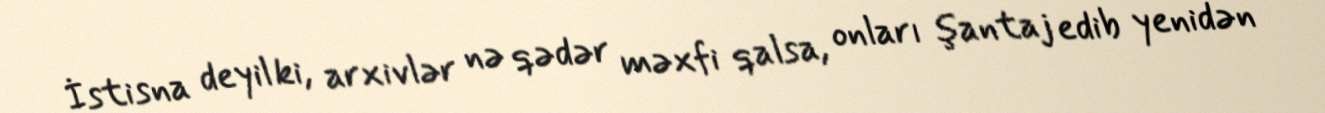
İstisna deyil ki, arxivlər nə qədər məxfi qalsa, onları şantaj edib yenidən